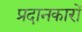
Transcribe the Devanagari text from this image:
प्रदानकारों